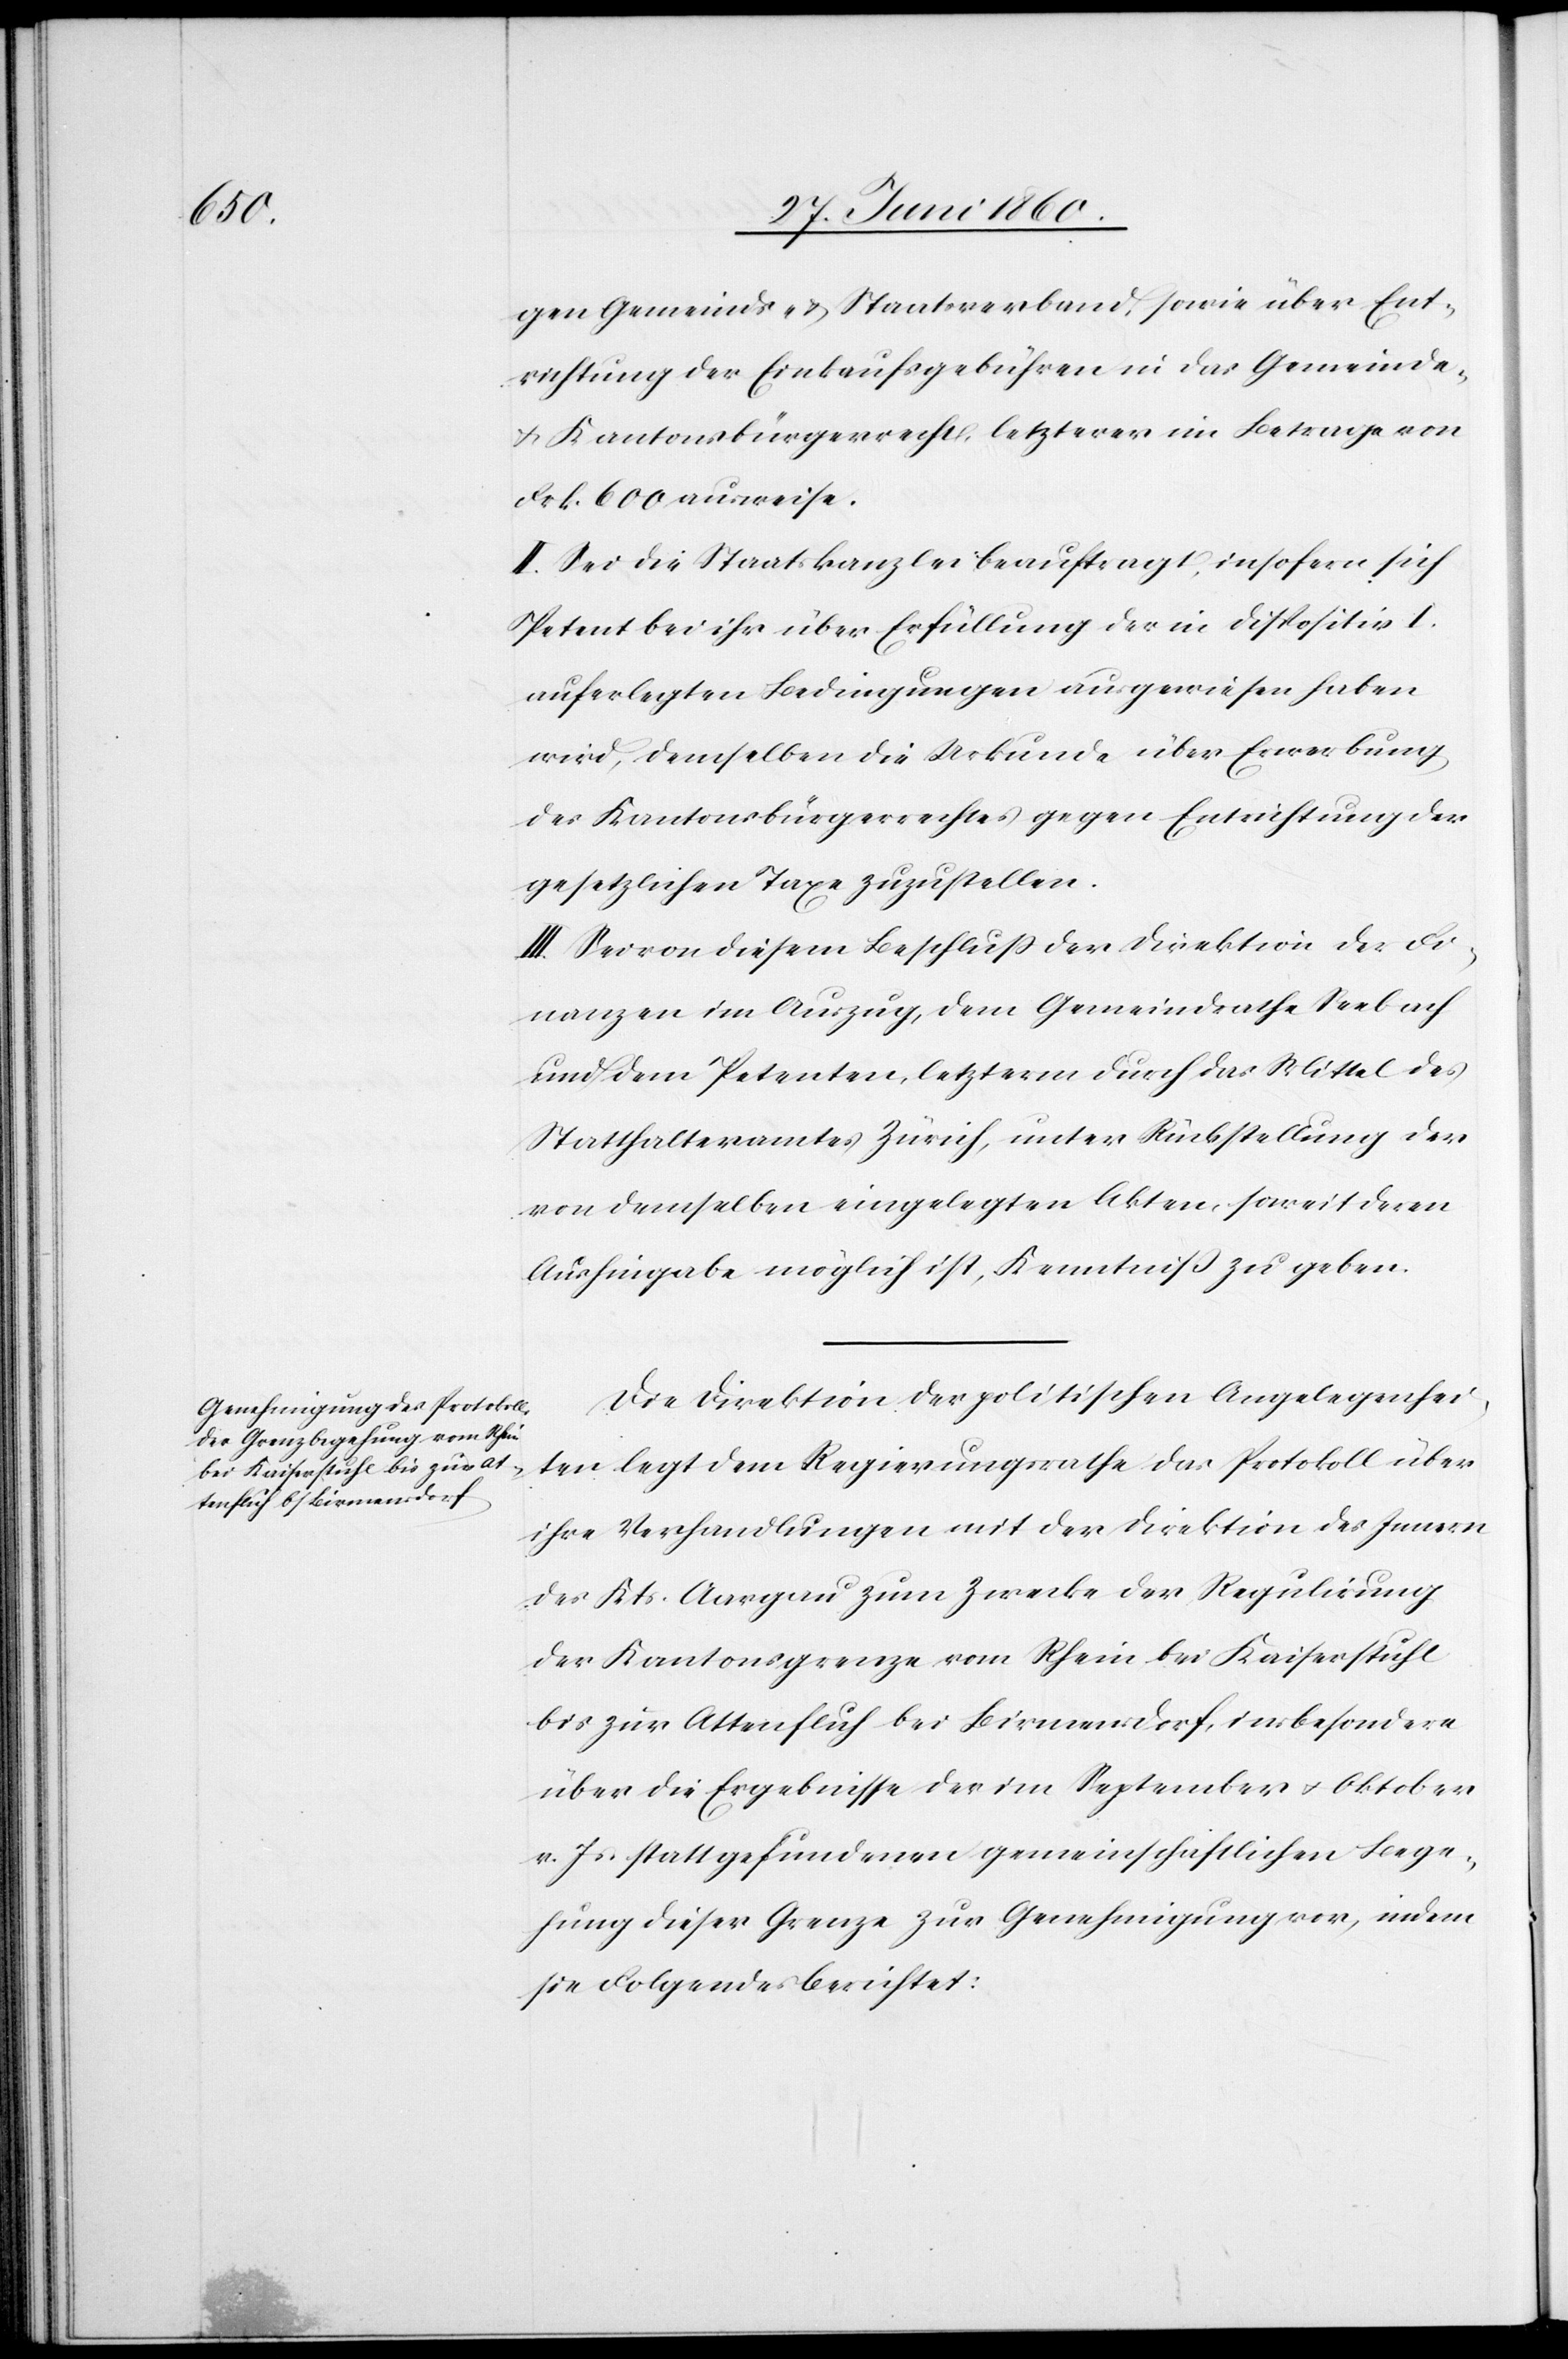
gen Gemeinds- u. Staatsverband, sowie über Ent¬
richtung der Einkaufsgebühren in das Gemeinde-
u. Kantonsbürgerrecht, letzterer im Betrage von
Frk. 600 ausweise.
II. Sei die Staatskanzlei beauftragt, insofern sich
Petent bei ihr über Erfüllung der in Dispositiv I.
auferlegten Bedingungen ausgewiesen haben
wird, demselben die Urkunde über Erwerbung
des Kantonsbürgerrechtes gegen Entrichtung der
gesetzlichen Taxe zuzustellen.
III. Sei von diesem Beschluss der Direktion der Fi¬
nanzen im Auszug, dem Gemeindrathe Seebach
und dem Petenten, letzterm durch das Mittel des
Statthalteramtes Zürich, unter Rückstellung der
von demselben eingelegten Akten, soweit deren
Aushingabe möglich ist, Kenntniss zu geben.
Die Direktion der politischen Angelegenhei¬
ten legt dem Regierungsrathe das Protokoll über
ihre Verhandlungen mit der Direktion des Innern
des Kts. Aargau zum Zwecke der Regulirung
der Kantonsgrenze vom Rhein bei Kaiserstuhl
bis zur Attenfluch bei Birmensdorf, insbesondere
über die Ergebnisse der im September u. Oktober
v. Js. stattgefundenen gemeinschaftlichen Bege¬
hung dieser Grenze zur Genehmigung vor, indem
sie Folgendes berichtet: